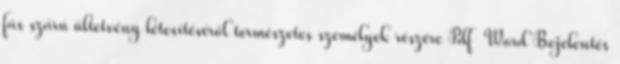
fás szárú ültetvény létesítéséről természetes személyek részére Pdf Word Bejelentés